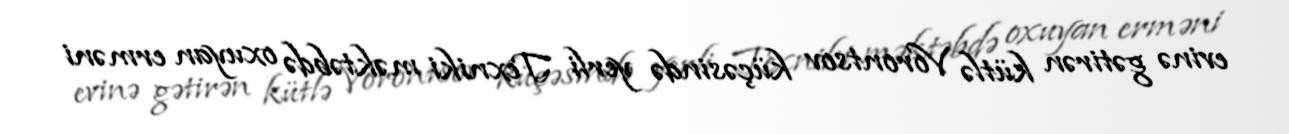
evinə gətirən kütlə Vorontsov küçəsində yerli Texniki məktəbdə oxuyan erməni